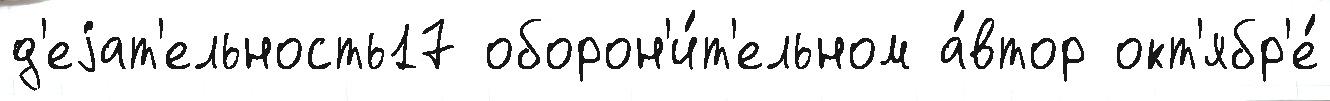
д'еjат'ельность17 оборон'и́т'ельном а́втор окт'ябр'е́